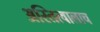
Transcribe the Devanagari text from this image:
अस्तित्वालाच